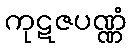
ကုဋဇပဏ္ဏံ